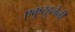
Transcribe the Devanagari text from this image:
एकुर्‍हुलेनी